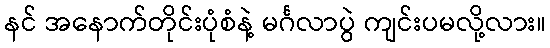
နင် အနောက်တိုင်းပုံစံနဲ့ မင်္ဂလာပွဲ ကျင်းပမလို့လား။